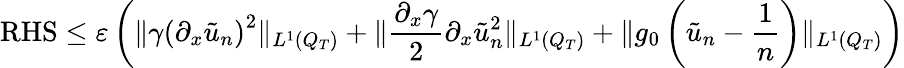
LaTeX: \mathrm{RHS}\leq\varepsilon\left(\lVert\gamma\left(\partial_{x}\tilde{u}_{n}\right)^{2}\rVert_{L^{1}(Q_{T})}+\lVert\frac{\partial_{x}\gamma}{2}\partial_{x}\tilde{u}_{n}^{2}\rVert_{L^{1}(Q_{T})}+\lVert g_{0}\left(\tilde{u}_{n}-\frac{1}{n}\right)\rVert_{L^{1}(Q_{T})}\right)